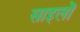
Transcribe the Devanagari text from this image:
साइलों